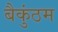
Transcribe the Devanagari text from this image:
बैकुंठम